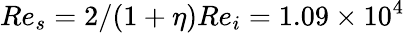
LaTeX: Re_{s}=2/(1+\eta)Re_{i}=1.09\times 10^{4}